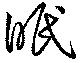
眠